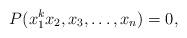
LaTeX: \begin{align*}P(x_1^kx_2, x_3, \dots, x_n) = 0,\end{align*}